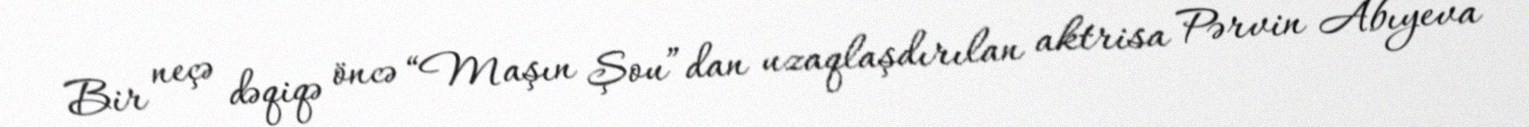
Bir neçə dəqiqə öncə “Maşın Şou”dan uzaqlaşdırılan aktrisa Pərvin Abıyeva